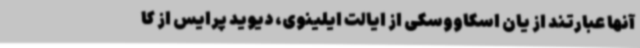
آنها عبارتند از یان اسکاووسکی از ایالت ایلینوی، دیوید پرایس از کا